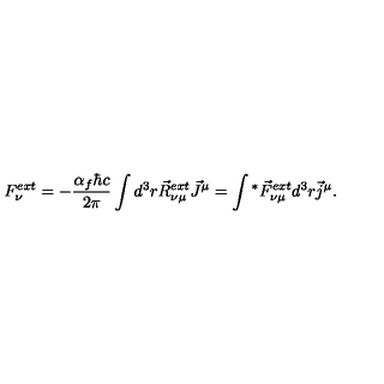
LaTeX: F _ { \nu } ^ { e x t } = - \frac { \alpha _ { f } \hbar c } { 2 \pi } \int d ^ { 3 } r \vec { R } _ { \nu \mu } ^ { e x t } \vec { J } ^ { \mu } = \int { ^ * } \vec { F } _ { \nu \mu } ^ { e x t } d ^ { 3 } r \vec { j } ^ { \mu } .